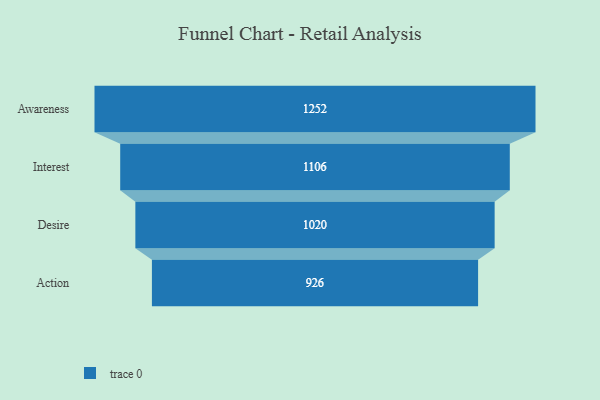
{"axis": {"x": "Stage", "y": "Value"}, "legend": [""], "data": [{"x": "Awareness", "y": 1252.0, "type": ""}, {"x": "Interest", "y": 1106.0, "type": ""}, {"x": "Desire", "y": 1020.0, "type": ""}, {"x": "Action", "y": 926.0, "type": ""}]}